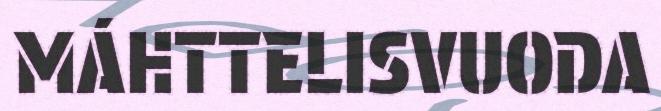
MÁHTTELISVUODA